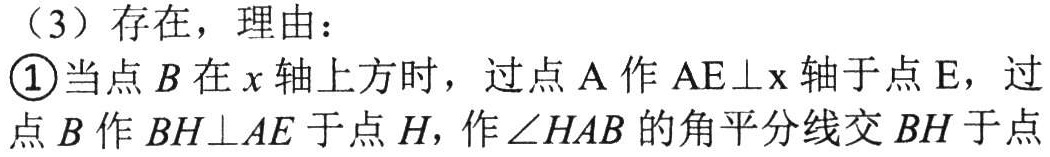
（3）存在，理由：

\textcircled{1}当点\(B\)在\(x\)轴上方时，过点\(A\)作\(AE\perp x\)轴于点\(E\)，过点\(B\)作\(BH\perp AE\)于点\(H\)，作\(\angle HAB\)的角平分线交\(BH\)于点